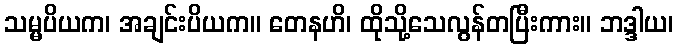
သမ္မပိယက၊ အချင်းပိယက။ တေနဟိ၊ ထိုသို့သေလွန်တပြီးကား။ ဘဒ္ဒါယ၊